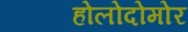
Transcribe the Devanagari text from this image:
होलोदोमोर